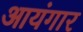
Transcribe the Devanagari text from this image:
आयंगार